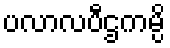
ပလာလပီဌကမ္ပိ